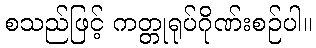
စသည်ဖြင့် ကတ္တုရုပ်ဂိုဏ်းစဉ်ပါ။